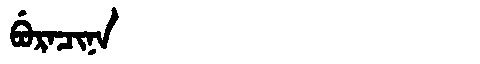
Manchu: ᠪᡠᡵᠠᠴᡳᠨᠠ
Romanization: BURACINA